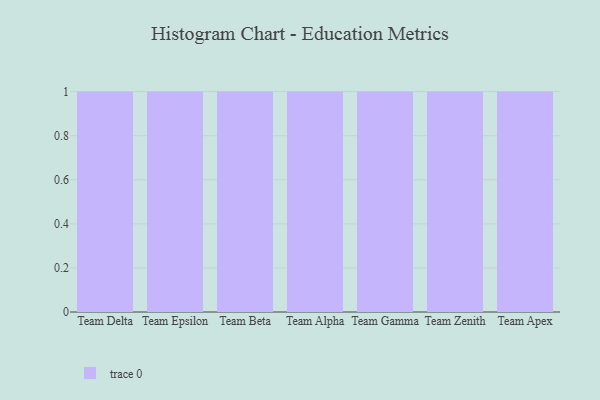
{"axis": {"x": "Team", "y": "Conversion Rate (%)"}, "legend": [""], "data": [{"x": "Team Delta", "y": 28, "type": ""}, {"x": "Team Epsilon", "y": 40, "type": ""}, {"x": "Team Beta", "y": 28, "type": ""}, {"x": "Team Alpha", "y": 36, "type": ""}, {"x": "Team Gamma", "y": 34, "type": ""}, {"x": "Team Zenith", "y": 8, "type": ""}, {"x": "Team Apex", "y": 43, "type": ""}]}